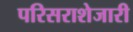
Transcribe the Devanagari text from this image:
परिसराशेजारी